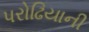
પરોઢિયાની